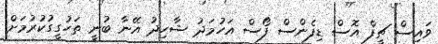
ވައިސް ޗީފް އޮސް ޑިފެންސް ފޯސް އަހުމަދު ޝާހިދު އޭނާ ބުނީ ތަހުގީގުކުރުމަށް